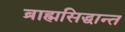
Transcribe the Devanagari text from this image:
ब्राह्मसिद्धान्त